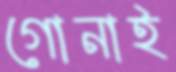
গোনাই